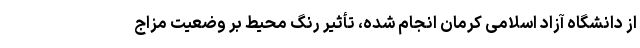
از دانشگاه آزاد اسلامی کرمان انجام شده، تأثیر رنگ محیط بر وضعیت مزاج